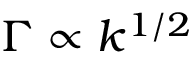
\Gamma \propto k ^ { 1 / 2 }